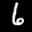
Label: 6